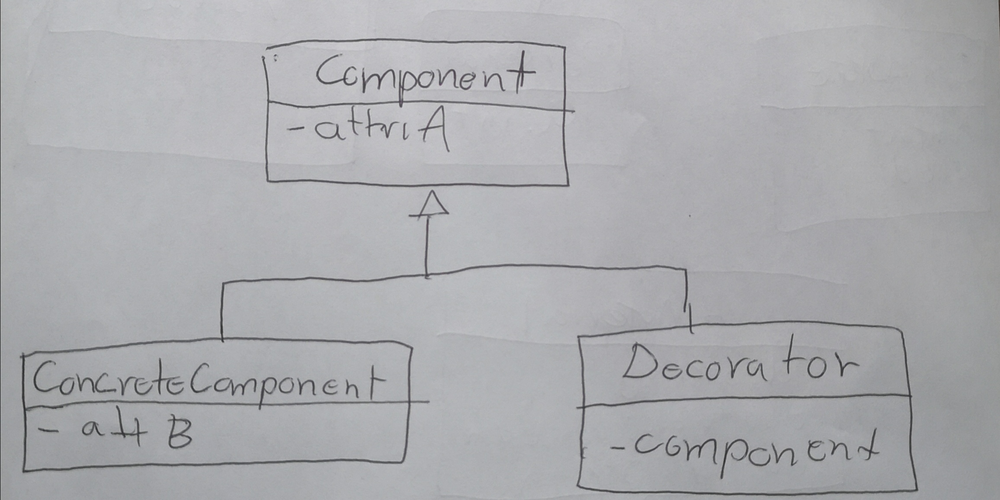
Diagram type: class_diagram
```plantuml
@startuml

class Component {
  - attriA
}

class ConcreteComponent extends Component {
  - attB
}

class Decorator extends Component {
  - component
}

@enduml
```